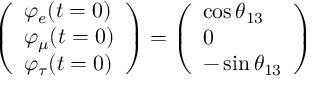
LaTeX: \left( \begin{array} { l } { { \varphi _ { e } ( t = 0 ) } } \\ { { \varphi _ { \mu } ( t = 0 ) } } \\ { { \varphi _ { \tau } ( t = 0 ) } } \end{array} \right) = \left( \begin{array} { l } { { \cos { \theta _ { 1 3 } } } } \\ { { 0 } } \\ { { - \sin { \theta _ { 1 3 } } } } \end{array} \right)